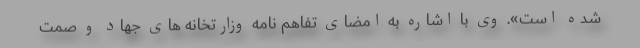
شده است». وی با اشاره به امضای تفاهم نامه وزارتخانه های جهاد و صمت